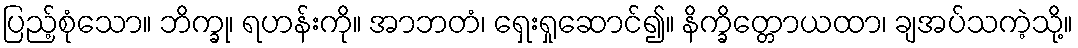
ပြည့်စုံသော။ ဘိက္ခု၊ ရဟန်းကို။ အာဘတံ၊ ရှေးရှုဆောင်၍။ နိက္ခိတ္တောယထာ၊ ချအပ်သကဲ့သို့။